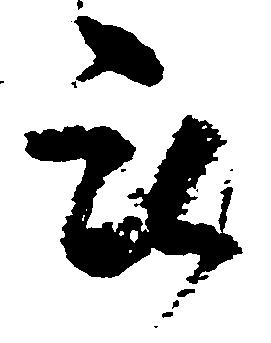
被